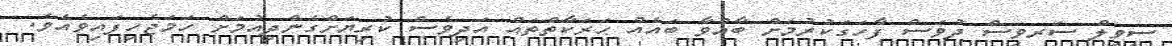
ސިވިލް ސަރވިސް ދުވަސް ފާހަގަކުރުމަށް ބާއްވާ ބައެއް ޙަރަކާތްތައް އަދިވެސް ކުރިޔަށްގެންދިއުމަށް ހަމަޖެހިފައިވެއެވެ.